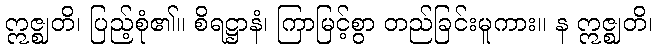
ဣဇ္ဈတိ၊ ပြည့်စုံ၏။ စိရဋ္ဌာနံ၊ ကြာမြင့်စွာ တည်ခြင်းမူကား။ န ဣဇ္ဈတိ၊